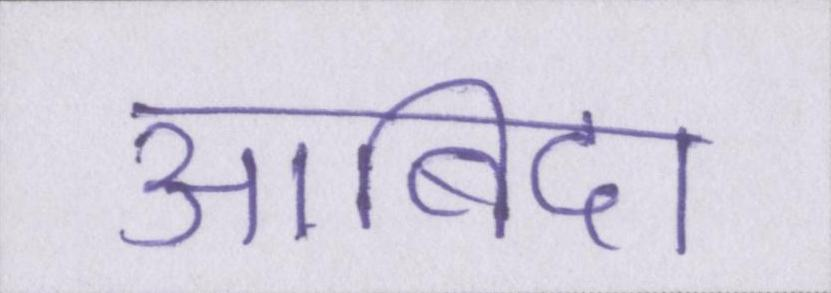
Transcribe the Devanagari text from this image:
आबिदा